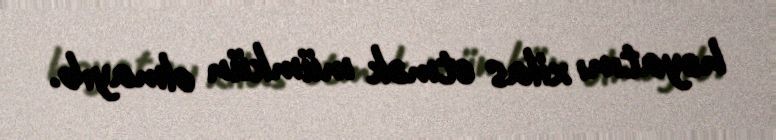
həyatını xilas etmək mümkün olmayıb.